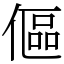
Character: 傴